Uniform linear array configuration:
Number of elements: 12
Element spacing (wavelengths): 0.5
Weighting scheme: blackman
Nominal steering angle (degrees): -60
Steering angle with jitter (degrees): -58.364
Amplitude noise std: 0.05
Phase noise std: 0.05

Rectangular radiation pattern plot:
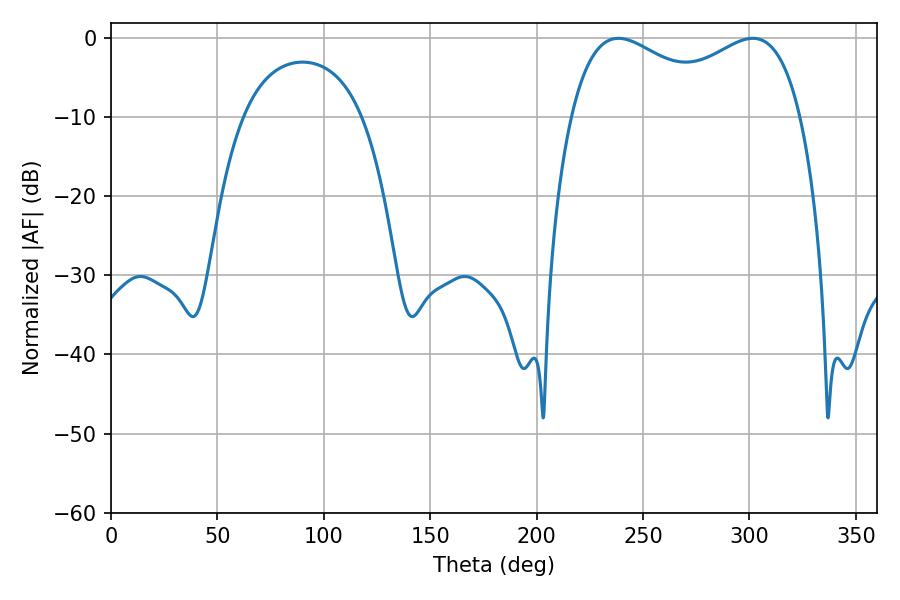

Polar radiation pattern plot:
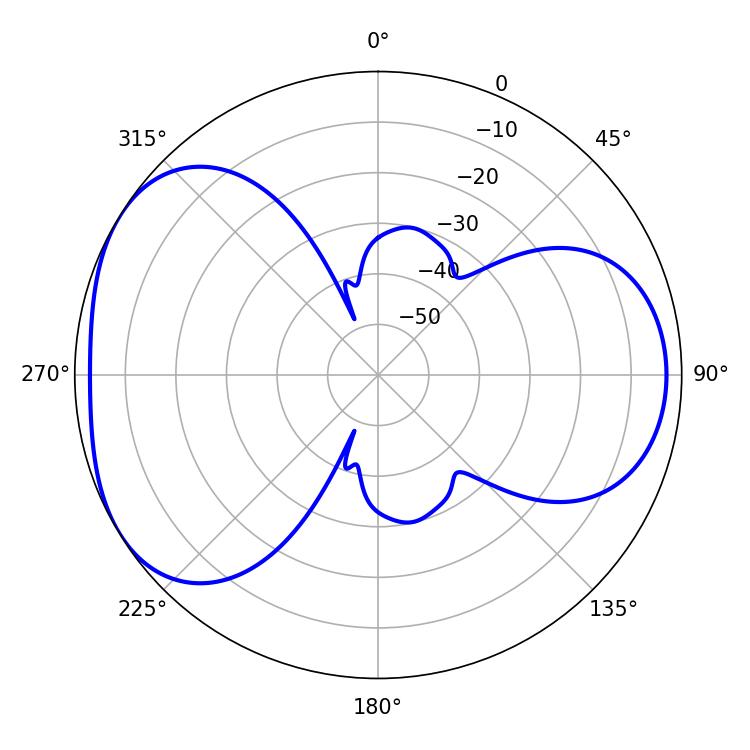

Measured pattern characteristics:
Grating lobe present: FALSE
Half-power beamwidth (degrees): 44.64
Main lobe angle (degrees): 238.5